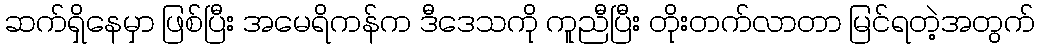
ဆက်ရှိနေမှာ ဖြစ်ပြီး အမေရိကန်က ဒီဒေသကို ကူညီပြီး တိုးတက်လာတာ မြင်ရတဲ့အတွက်